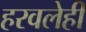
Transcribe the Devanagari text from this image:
हरवलेही